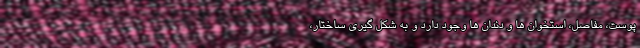
پوست، مفاصل، استخوان ها و دندان ها وجود دارد و به شکل گیری ساختار،